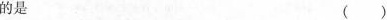
的是 ()